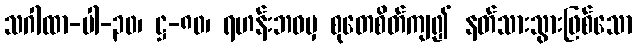
သဂါထာ-ပါ-၃၀၊ ဋ္ဌ-၈၀၊ ရဟန်းဘဝမှ စုတေစိတ်ကျ၍ နတ်သားသွားဖြစ်သော